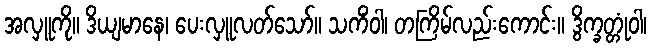
အလှူကို။ ဒိယျမာနေ၊ ပေးလှူလတ်သော်။ သကိံဝါ၊ တကြိမ်လည်းကောင်း။ ဒွိက္ခတ္တုံဝါ၊